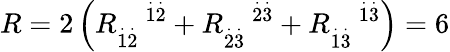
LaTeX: R=2\left(R_{\overset{.}{1}\overset{.}{2}}^{\quad\overset{.}{1}\overset{.}{2}}+R_{\overset{.}{2}\overset{.}{3}}^{\quad\overset{.}{2}\overset{.}{3}}+R_{\overset{.}{1}\overset{.}{3}}^{\quad\overset{.}{1}\overset{.}{3}}\right)=6